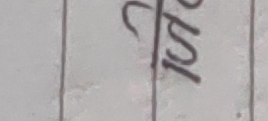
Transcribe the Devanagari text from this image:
स१०